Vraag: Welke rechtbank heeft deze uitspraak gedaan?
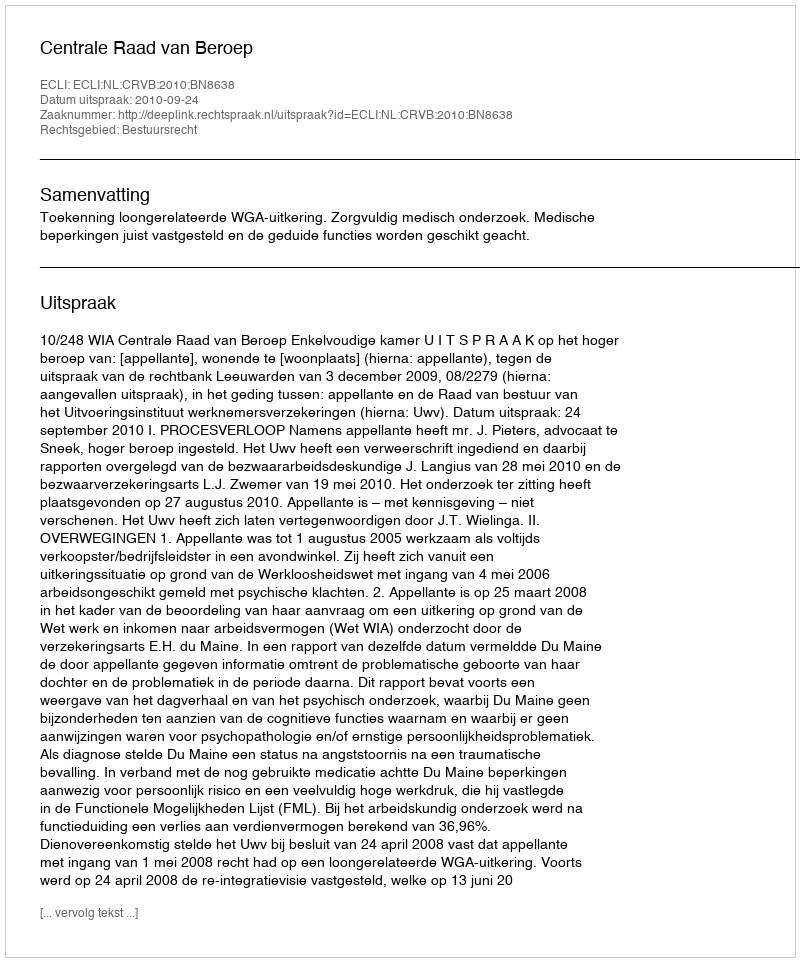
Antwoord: Centrale Raad van Beroep